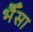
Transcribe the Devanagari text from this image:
भैँसा